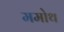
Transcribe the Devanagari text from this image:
ममोथ